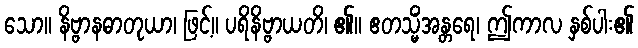
သော။ နိဗ္ဗာနဓာတုယာ၊ ဖြင့်။ ပရိနိဗ္ဗာယတိ၊ ၏။ ဧတသ္မိံအန္တရေ၊ ဤကာလ နှစ်ပါး၏